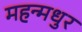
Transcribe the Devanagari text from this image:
महन्मधुर